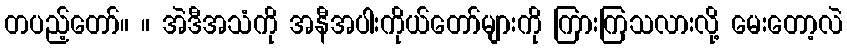
တပည့်တော်။ ။ အဲဒီအသံကို အနီအပါးကိုယ်တော်များကို ကြားကြသလားလို့ မေးတော့လဲ